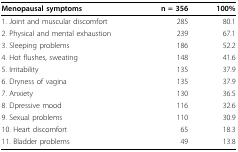
<table><thead><tr><td><b>Menopausal symptoms</b></td><td><b>n = 356</b></td><td><b>100%</b></td></tr></thead><tbody><tr><td>1. Joint and muscular discomfort</td><td>285</td><td>80.1</td></tr><tr><td>2. Physical and mental exhaustion</td><td>239</td><td>67.1</td></tr><tr><td>3. Sleeping problems</td><td>186</td><td>52.2</td></tr><tr><td>4. Hot flushes, sweating</td><td>148</td><td>41.6</td></tr><tr><td>5. Irritability</td><td>135</td><td>37.9</td></tr><tr><td>6. Dryness of vagina</td><td>135</td><td>37.9</td></tr><tr><td>7. Anxiety</td><td>130</td><td>36.5</td></tr><tr><td>8. Dpressive mood</td><td>116</td><td>32.6</td></tr><tr><td>9. Sexual problems</td><td>110</td><td>30.9</td></tr><tr><td>10. Heart discomfort</td><td>65</td><td>18.3</td></tr><tr><td>11. Bladder problems</td><td>49</td><td>13.8</td></tr></tbody></table>